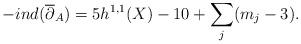
LaTeX: \begin{align*}-ind(\overline{\partial}_A) = 5 h^{1,1}(X) - 10 + \sum_j (m_j-3).\end{align*}